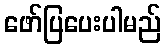
ဖော်ပြပေးပါမည်